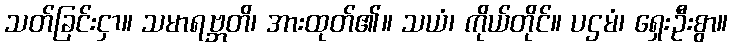
သတ်ခြင်းငှာ။ သမာရဗ္ဘတိ၊ အားထုတ်၏။ သယံ၊ ကိုယ်တိုင်။ ပဌမံ၊ ရှေးဦးစွာ။